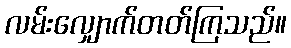
လမ်းလျှောက်တတ်ကြသည်။